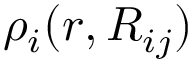
\rho _ { i } ( r , R _ { i j } )